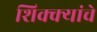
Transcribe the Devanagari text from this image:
शिक्क्यांचे